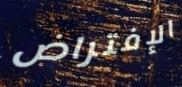
الإفتراض